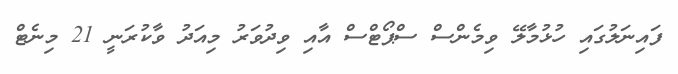
ފައިނަލުގައި ހުޅުމާލޭ ވިމެންސް ސްޕޯޓްސް އާއި ވިދުވަރު މިއަދު ވާކުރަނީ 21 މިނެޓް